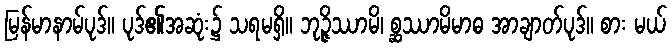
မြန်မာနာမ်ပုဒ်။ ပုဒ်၏အဆုံး၌ သရမရှိ။ ဘုဉ္ဇိဿာမိ၊ စ္ဆဿာမိမာဓ အာချာတ်ပုဒ်။ စား မယ်